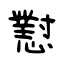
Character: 懟